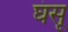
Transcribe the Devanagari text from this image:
घंसू